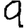
Digit: 9